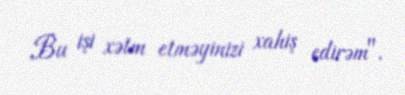
Bu işi xətm etməyinizi xahiş edirəm".